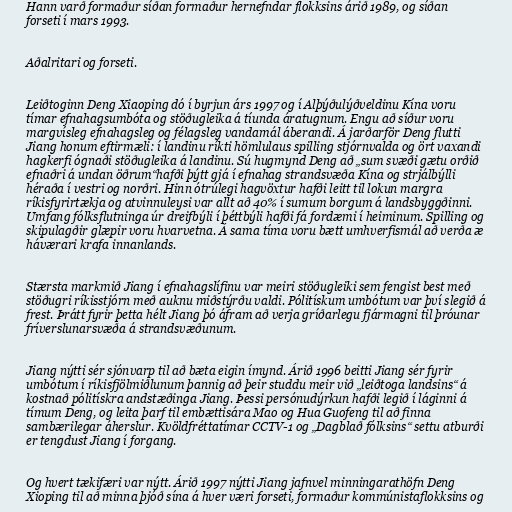
Hann varð formaður síðan formaður hernefndar flokksins árið 1989, og síðan
forseti í mars 1993.

Aðalritari og forseti.

Leiðtoginn Deng Xiaoping dó í byrjun árs 1997 og í Alþýðulýðveldinu Kína voru
tímar efnahagsumbóta og stöðugleika á tíunda áratugnum. Engu að síður voru
margvísleg efnahagsleg og félagsleg vandamál áberandi. Á jarðarför Deng flutti
Jiang honum eftirmæli: í landinu ríkti hömlulaus spilling stjórnvalda og ört vaxandi
hagkerfi ógnaði stöðugleika á landinu. Sú hugmynd Deng að „sum svæði gætu orðið
efnaðri á undan öðrum“hafði þýtt gjá í efnahag strandsvæða Kína og strjálbýlli
héraða í vestri og norðri. Hinn ótrúlegi hagvöxtur hafði leitt til lokun margra
ríkisfyrirtækja og atvinnuleysi var allt að 40% í sumum borgum á landsbyggðinni.
Umfang fólksflutninga úr dreifbýli í þéttbýli hafði fá fordæmi í heiminum. Spilling og
skipulagðir glæpir voru hvarvetna. Á sama tíma voru bætt umhverfismál að verða æ
háværari krafa innanlands.

Stærsta markmið Jiang í efnahagslífinu var meiri stöðugleiki sem fengist best með
stöðugri ríkisstjórn með auknu miðstýrðu valdi. Pólitískum umbótum var því slegið á
frest. Þrátt fyrir þetta hélt Jiang þó áfram að verja gríðarlegu fjármagni til þróunar
fríverslunarsvæða á strandsvæðunum.

Jiang nýtti sér sjónvarp til að bæta eigin ímynd. Árið 1996 beitti Jiang sér fyrir
umbótum í ríkisfjölmiðlunum þannig að þeir studdu meir við „leiðtoga landsins“ á
kostnað pólitískra andstæðinga Jiang. Þessi persónudýrkun hafði legið í láginni á
tímum Deng, og leita þarf til embættisára Mao og Hua Guofeng til að finna
sambærilegar áherslur. Kvöldfréttatímar CCTV-1 og „Dagblað fólksins“ settu atburði
er tengdust Jiang í forgang.

Og hvert tækifæri var nýtt. Árið 1997 nýtti Jiang jafnvel minningarathöfn Deng
Xioping til að minna þjóð sína á hver væri forseti, formaður kommúnistaflokksins og